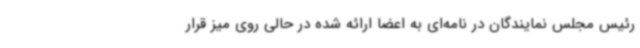
رئیس مجلس نمایندگان در نامه‌ای به اعضا ارائه شده در حالی روی میز قرار